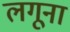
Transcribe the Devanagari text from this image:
लगूना